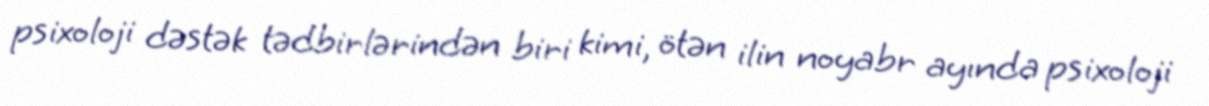
psixoloji dəstək tədbirlərindən biri kimi, ötən ilin noyabr ayında psixoloji